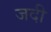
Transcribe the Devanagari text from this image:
जदी